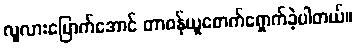
လူလားမြောက်အောင် တာဝန်ယူစောက်ရှောက်ခဲ့ပါတယ်။